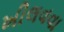
ખીલવવા